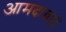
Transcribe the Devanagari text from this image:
आमदाबाद